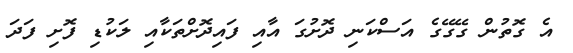
އެ ގޮތުން ގޭގޭގެ އަސްކަނި ދޮށުގަ އާއި ފައިދޮށްތަކާއި ލަކުޑި ފޮށި ފަދަ